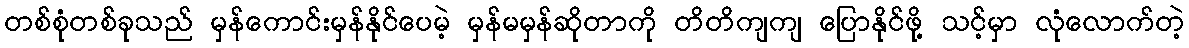
တစ်စုံတစ်ခုသည် မှန်ကောင်းမှန်နိုင်ပေမဲ့ မှန်မမှန်ဆိုတာကို တိတိကျကျ ပြောနိုင်ဖို့ သင့်မှာ လုံလောက်တဲ့